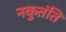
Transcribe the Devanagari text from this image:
नकुतंति